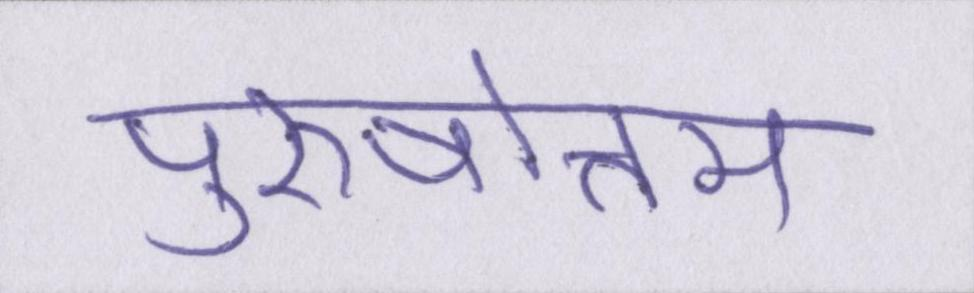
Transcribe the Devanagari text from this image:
पुरुषोत्तम